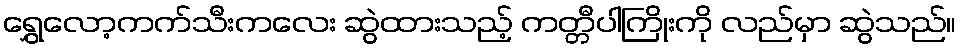
ရွှေလော့ကက်သီးကလေး ဆွဲထားသည့် ကတ္တီပါကြိုးကို လည်မှာ ဆွဲသည်။